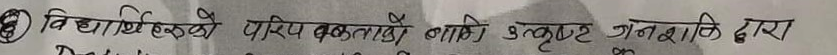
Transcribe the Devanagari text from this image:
2 विद्युत् हल्को परिपथ बनाउनको लागि 3 वोल्ट जनशक्ति द्वारा